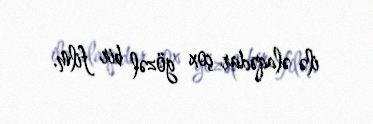
ilə əlaqədar çox gözəl bir film.